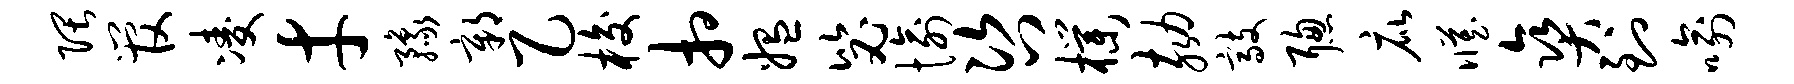
隈管凌才豫鄣乙梭相媪毖愉咨朴劾敲聪庇臧爽到喻